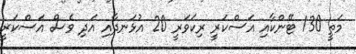
މަތީ 130 ޓޭންކާއި އަސްކަރީ ރިކަވަރީ 20 އުޅަނދާއި އަދި ވެސް އަސްކަރީ